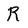
Character: R